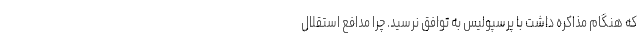
که هنگام مذاکره داشت با پرسپولیس به توافق نرسید. چرا مدافع استقلال